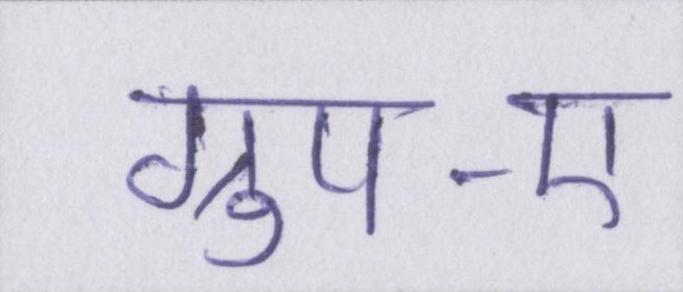
ग्रुप-ए